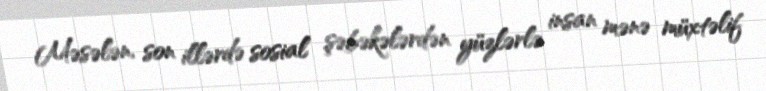
Məsələn, son illərdə sosial şəbəkələrdən yüzlərlə insan mənə müxtəlif